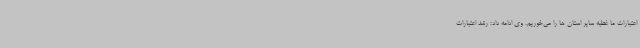
اعتبارات ما غطبه سایر استان ها را می‌خوریم. وی ادامه داد: رشد اعتبارات